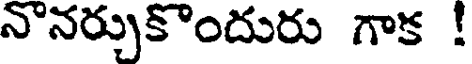
నొనర్చుకొందురు గాక !